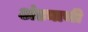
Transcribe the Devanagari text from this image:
अंड्याची